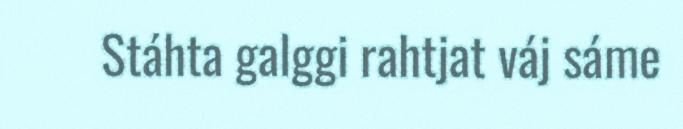
Stáhta galggi rahtjat váj sáme